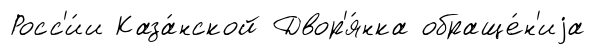
Росс'и́и Каза́нской Двор'я́нка обраще́н'иjа